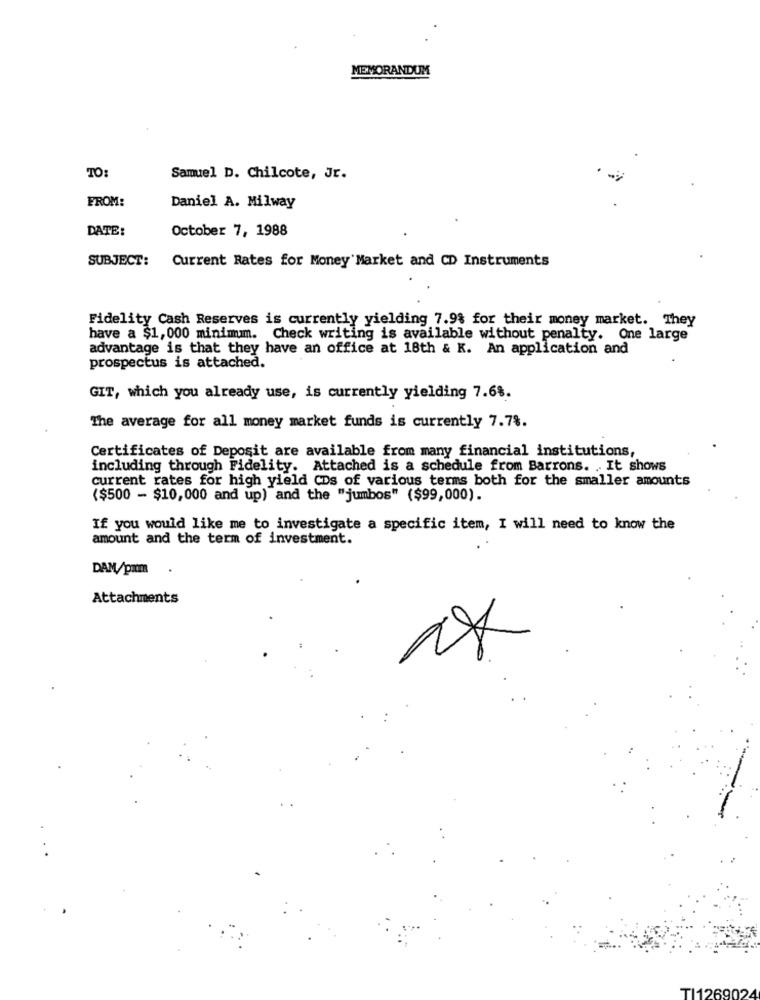
MEMORANDUM
TO:
Samuel D. Chilcote, Jr.
FROM:
Daniel A. Milway
DATE:
October 7, 1988
SUBJECT:
Current Rates for Money Market and CD Instruments
Fidelity Cash Reserves is currently yielding 7.9% for their money market. They
have a $1, 000 minimumm. Check writing is available without penalty. One large
advantage is that they have an office at 18th & K. An application and
prospectus is attached.
GIT, which you already use, is currently yielding 7.68.
The average for all money market funds is currently 7.7%.
Certificates of Deposit are available from many financial institutions,
including through Fidelity. Attached is a schedule from Barrons. . It shows
current rates for high yield CDs of various terms both for the smaller amounts
($500 - $10,000 and up) and the "jumbos" ($99,000).
If you would like me to investigate a specific item, I will need to know the
amount and the term of investment.
DAM/pam.
Attachments
TI126902